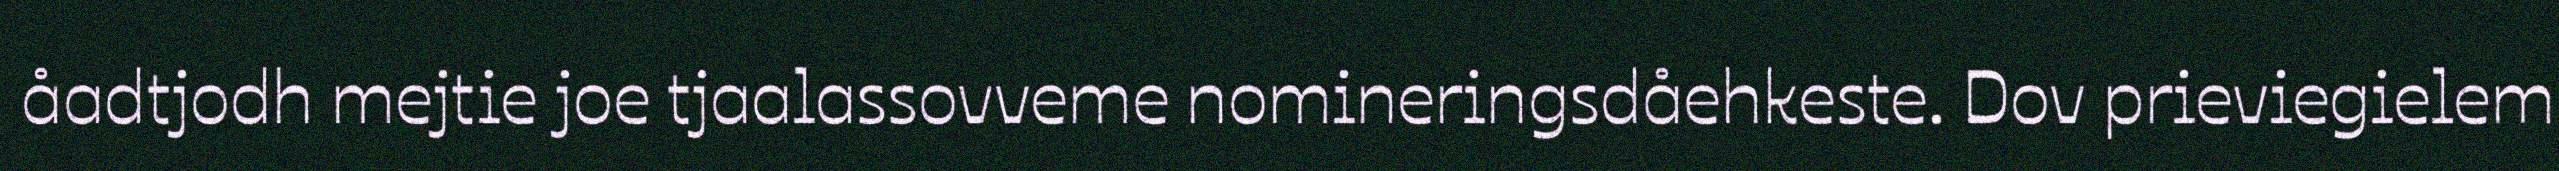
åadtjodh mejtie joe tjaalassovveme nomineringsdåehkeste. Dov prieviegielem